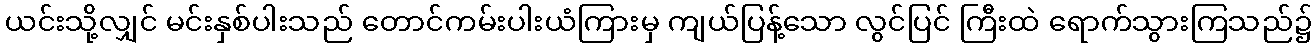
ယင်းသို့လျှင် မင်းနှစ်ပါးသည် တောင်ကမ်းပါးယံကြားမှ ကျယ်ပြန့်သော လွင်ပြင် ကြီးထဲ ရောက်သွားကြသည်၌